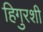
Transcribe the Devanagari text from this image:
हिगुरशी